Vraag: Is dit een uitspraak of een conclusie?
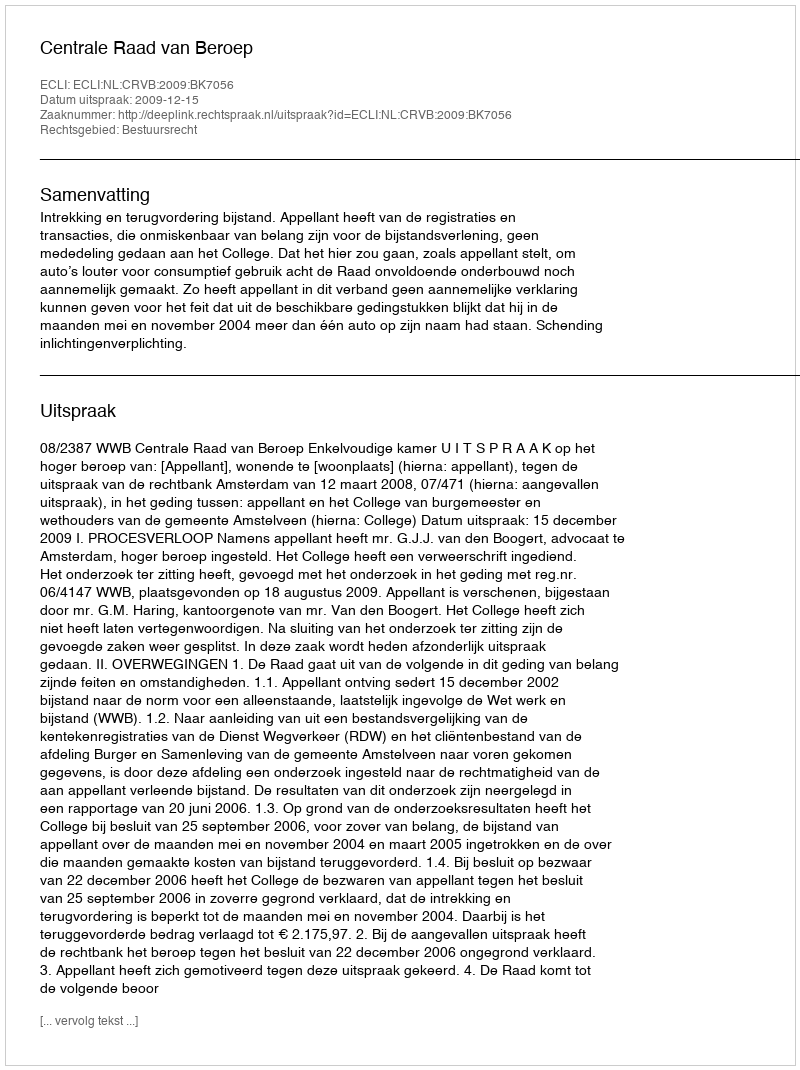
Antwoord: Uitspraak